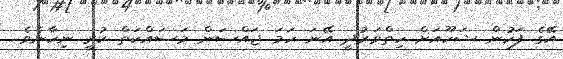
އޭގެ ފަހުން ޝަހޫއަށް ހިތްވަރުދީ އޭނަ ހަމަ ޖައްސަން މަސައްކަތް ކުރީ ނިހާނެވެ.